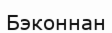
Бэконнан